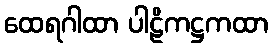
ထေရဂါထာ ပါဠိကဋ္ဌကထာ